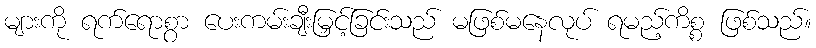
များကို ရက်ရောစွာ ပေးကမ်းချီးမြှင့်ခြင်းသည် မဖြစ်မနေလုပ် ရမည့်ကိစ္စ ဖြစ်သည်။